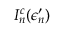
I _ { n } ^ { c } ( \epsilon _ { n } ^ { \prime } )